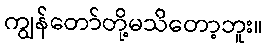
ကျွန်တော်တို့မသိတော့ဘူး။